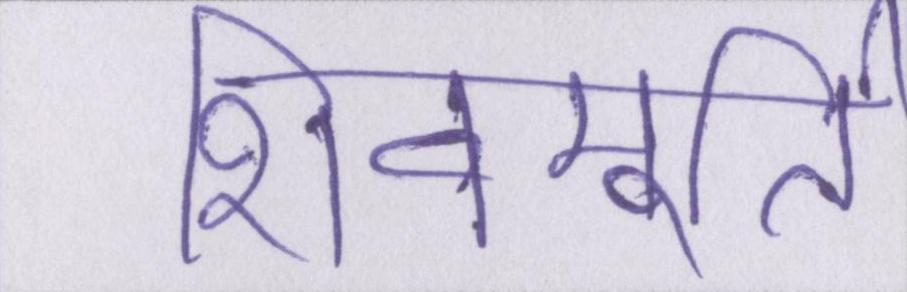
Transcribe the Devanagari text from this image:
शिवमूर्ति